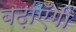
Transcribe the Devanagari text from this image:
बढ़ाएँगी